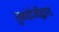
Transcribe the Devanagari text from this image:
तुकडोजीद्वारा